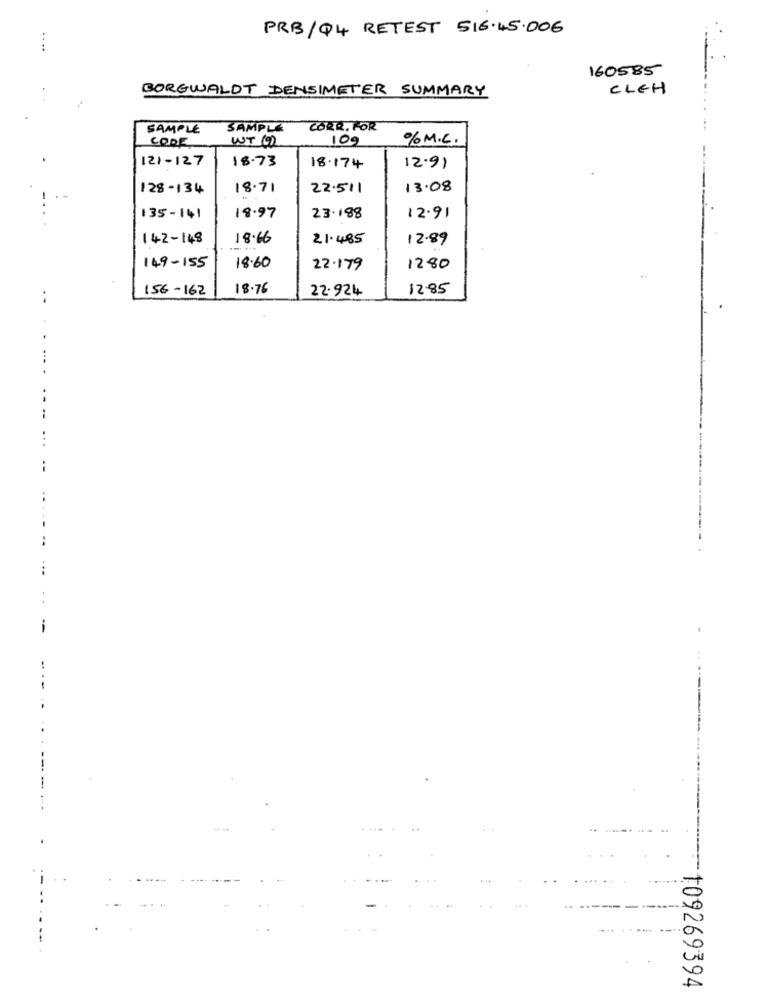
PRB/Q4 RETEST 516.45.006
160585
BORGWALDT DENSIMETER SUMMARY
CLEH
SAMPLE
SAMPLE
CORR, FOR
CODE
WT 02
109
% M.C.
121-127
18.73
18.174
12.91
128-134
18.71
22.511
13.08
12.91
135-141
18.97
23.188
142-148
18.66
21.485
12.89
149-155
18.60
22.179
1280
156-162
18.76
22.924
12.85
109269394